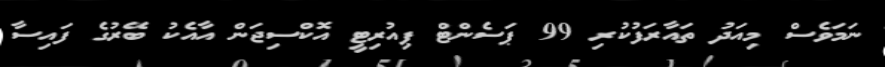
ނަމަވެސް މިއަދު ތައާރަފުކުރި 99 ޕަސެންޓް ޕިއުރިޓީ އޮކްސިޖަން އާއެކު ބޭރުގެ ފައިސާ